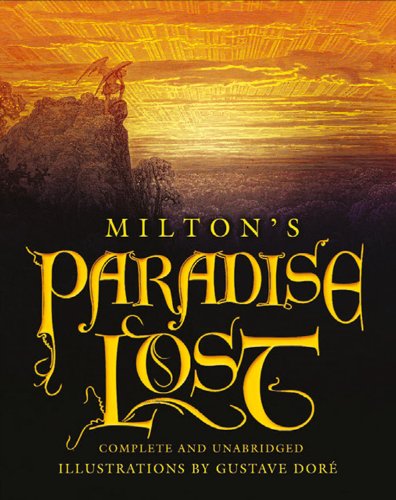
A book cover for Paradise Lost; John Milton; Literature & Fiction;